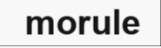
morule